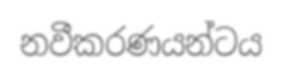
නවීකරණයන්ටය